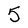
Character: 5